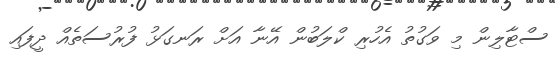
ސްޓާލިން މި ވަގުތު އެހުރި ކްލަބުން އޭނާ އަށް ރަނގަޅު ފުރުސަތެއް ދީފައި